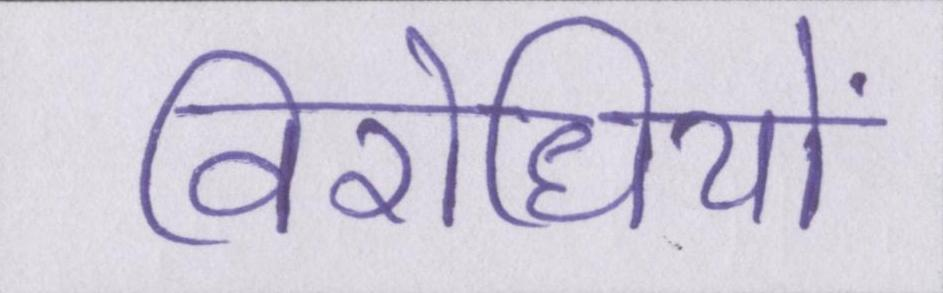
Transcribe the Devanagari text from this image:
विरोधियों